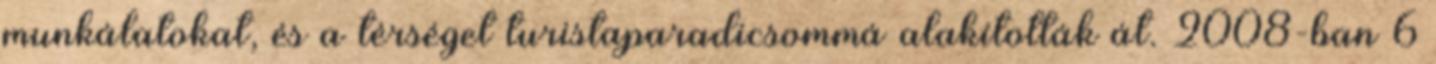
munkálatokat, és a térséget turistaparadicsommá alakították át. 2008-ban 6